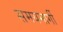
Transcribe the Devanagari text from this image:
समयमार्गी